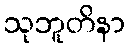
သုဘူတိနာ